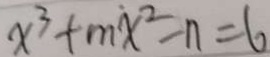
x ^ { 3 } + m x ^ { 2 } - n = 6